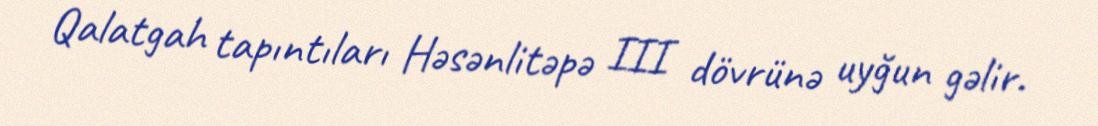
Qalatgah tapıntıları Həsənlitəpə III dövrünə uyğun gəlir.